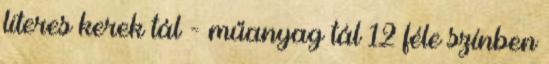
literes kerek tál - műanyag tál 12 féle színben